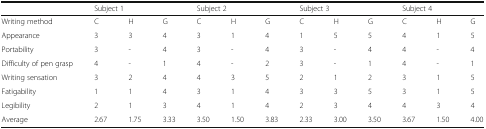
<table><thead><tr><td></td><td colspan="3"><b>Subject 1</b></td><td colspan="3"><b>Subject 2</b></td><td colspan="3"><b>Subject 3</b></td><td colspan="3"><b>Subject 4</b></td></tr></thead><tbody><tr><td>Writing method</td><td>C</td><td>H</td><td>G</td><td>C</td><td>H</td><td>G</td><td>C</td><td>H</td><td>G</td><td>C</td><td>H</td><td>G</td></tr><tr><td>Appearance</td><td>3</td><td>3</td><td>4</td><td>3</td><td>1</td><td>4</td><td>1</td><td>5</td><td>5</td><td>4</td><td>1</td><td>5</td></tr><tr><td>Portability</td><td>3</td><td>-</td><td>4</td><td>3</td><td>-</td><td>4</td><td>3</td><td>-</td><td>4</td><td>4</td><td>-</td><td>4</td></tr><tr><td>Difficulty of pen grasp</td><td>4</td><td>-</td><td>1</td><td>4</td><td>-</td><td>2</td><td>3</td><td>-</td><td>1</td><td>4</td><td>-</td><td>1</td></tr><tr><td>Writing sensation</td><td>3</td><td>2</td><td>4</td><td>4</td><td>3</td><td>5</td><td>2</td><td>1</td><td>2</td><td>3</td><td>1</td><td>5</td></tr><tr><td>Fatigability</td><td>1</td><td>1</td><td>4</td><td>3</td><td>1</td><td>4</td><td>3</td><td>3</td><td>5</td><td>3</td><td>1</td><td>5</td></tr><tr><td>Legibility</td><td>2</td><td>1</td><td>3</td><td>4</td><td>1</td><td>4</td><td>2</td><td>3</td><td>4</td><td>4</td><td>3</td><td>4</td></tr><tr><td>Average</td><td>2.67</td><td>1.75</td><td>3.33</td><td>3.50</td><td>1.50</td><td>3.83</td><td>2.33</td><td>3.00</td><td>3.50</td><td>3.67</td><td>1.50</td><td>4.00</td></tr></tbody></table>